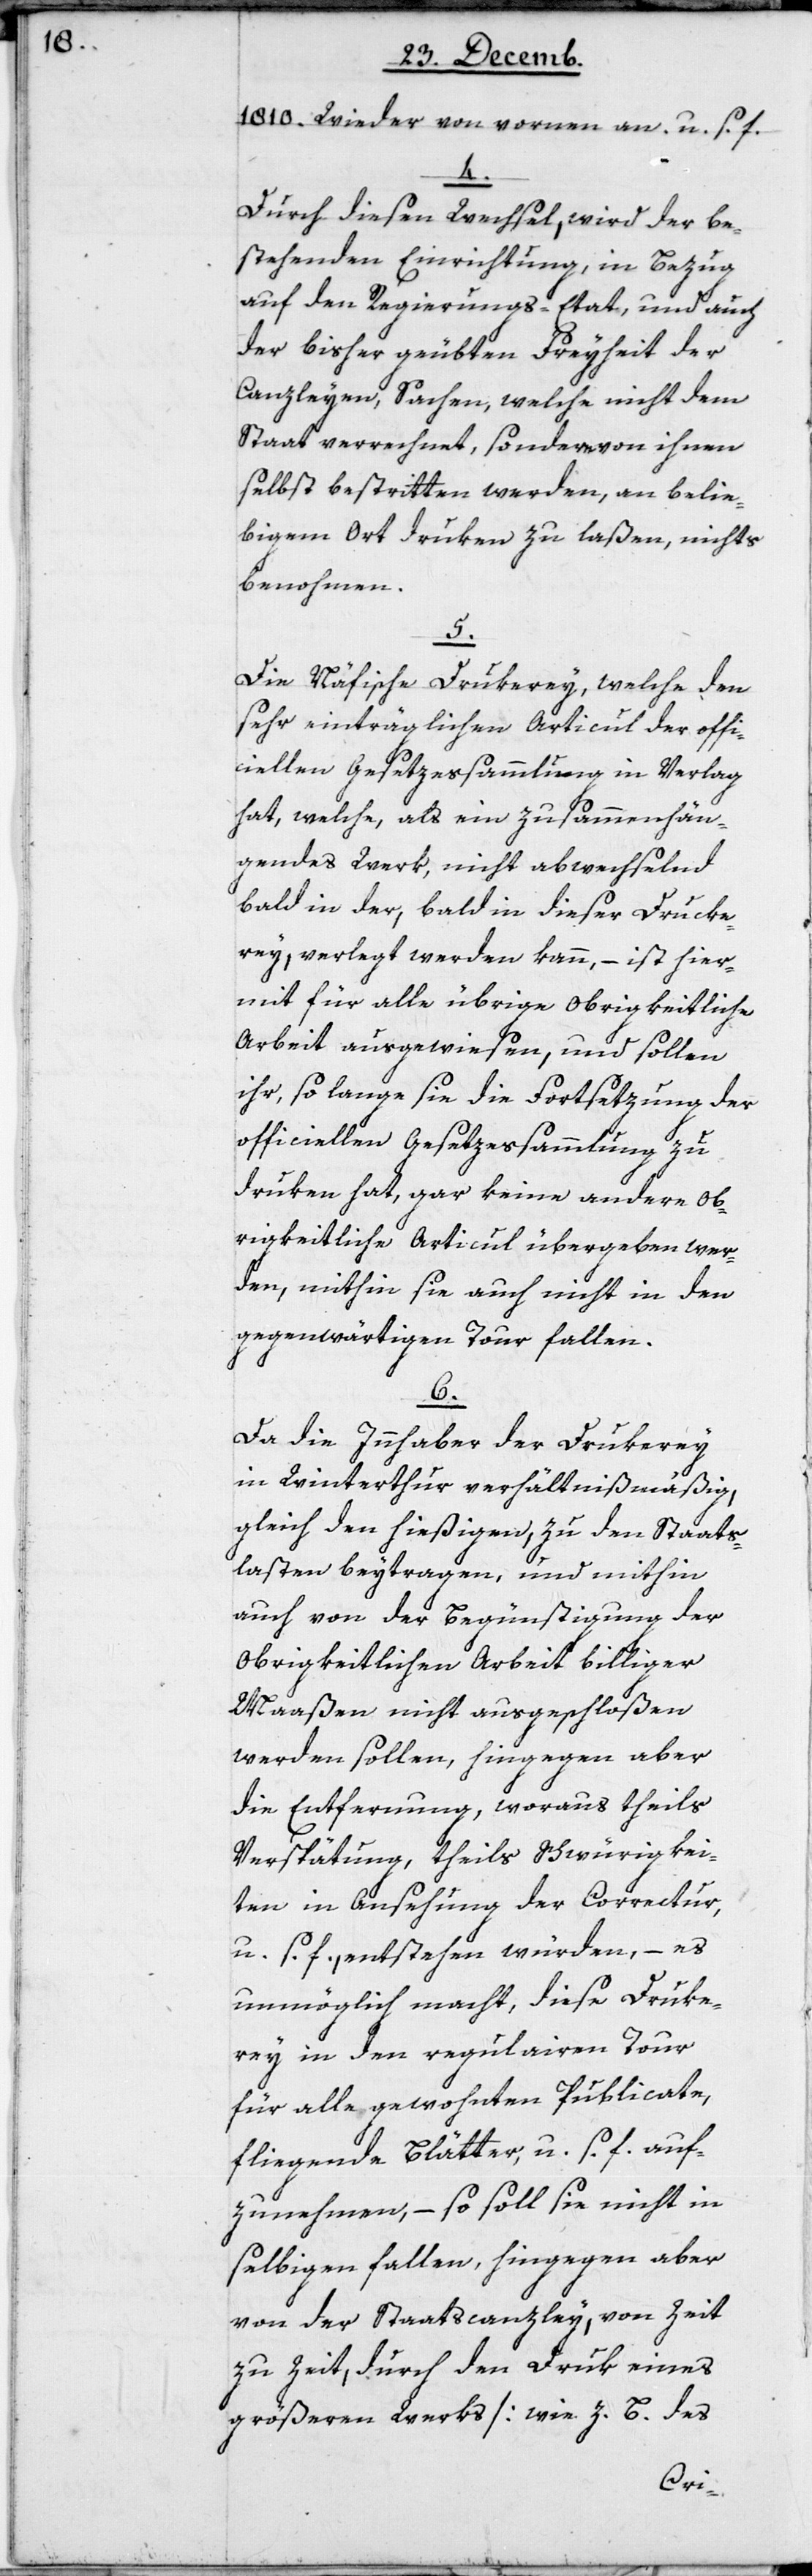
1810. Wieder von vornen an u. s. f.
4.
Durch diesen Wechsel, wird der be¬
stehenden Einrichtung, in Bezug
auf den Regierungs-Etat, und auch
der bisher geübten Freyheit der
Canzleyen, Sachen welche nicht dem
Staat verrechnet, sondern von ihnen
selbst bestritten werden, an belie¬
bigem Ort druken zu laßen, nichts
benohmen.
5.
Die Näfische Drukerey, welche den
sehr einträglichen Articul der offi¬
ciellen Gesetzessammlung in Verlag
hat, welche, als ein zusammenhän¬
gendes Werk, nicht abwechselnd
bald in der, bald in dieser Drucke¬
rey verlegt werden kann, – ist hier¬
mit für alle übrige obrigkeitliche
Arbeit ausgewiesen, und sollen
ihr, so lange die Fortsetzung der
officiellen Gesetzessammlung zu
druken hat, gar keine andere ob¬
rigkeitliche Articul übergeben wer¬
den, mithin sie auch nicht in den
gegenwärtigen Tour fallen.
6.
Da die Innhaber der Drukerey
in Winterthur verhältnißmäßig,
gleich den hießigen, zu den Staats¬
lasten beytragen, und mithin
auch von der Begünstigung der
Obrigkeitlichen Arbeit billiger
Maaßen nicht ausgeschloßen
werden sollen, hingegen aber
die Entfernung, woraus theils
Verspätung, theils Schwürigkei¬
ten in Ansehung der Correctur
u. s. f. entstehen würden, – es
unmöglich macht, diese Druke¬
rey in den regulairen Tour
für alle gewohnten Publicate,
fliegende Blätter, u. s. f. auf¬
zunehmen, – so soll sie nicht in
selbigen fallen, hingegen aber
von der Staatscanzley, von Zeit
zu Zeit, durch den Druk eines
größeren Werks [wie z.B. des